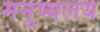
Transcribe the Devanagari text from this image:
मनुष्यलय